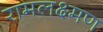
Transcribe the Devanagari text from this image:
रामलक्ष्मण